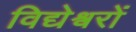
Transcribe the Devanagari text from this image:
विद्येश्वरों